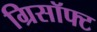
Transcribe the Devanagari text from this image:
ग्रिसॉफ्‍ट